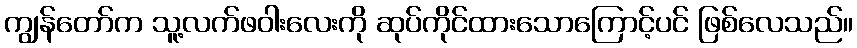
ကျွန်တော်က သူ့လက်ဖဝါးလေးကို ဆုပ်ကိုင်ထားသောကြောင့်ပင် ဖြစ်လေသည်။